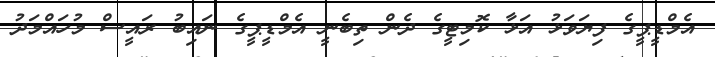
އެމްޑީޕީގެ ފިޔަވަޅު އަޅާ ކޮމިޓީގެ ދެން ތިބެނީ އެމްޑީޕީގެ ނައިބު ރައީސް މުހައްމަދު